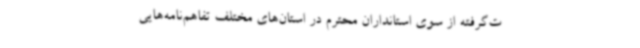
ت‌گرفته از سوی استانداران محترم در استان‌های مختلف تفاهم‌نامه‌هایی